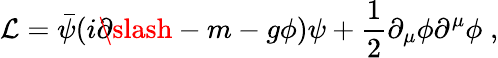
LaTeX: {\cal L}=\bar{\psi}(i\partial\! \! \! \slash-m-g\phi)\psi+\frac{1}{2}\partial_{\mu}\phi\partial^{\mu}\phi\; ,